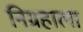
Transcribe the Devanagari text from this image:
निग्रहाला